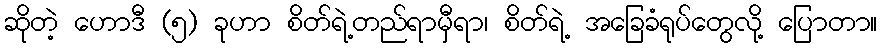
ဆိုတဲ့ ဟောဒီ (၅) ခုဟာ စိတ်ရဲ့တည်ရာမှီရာ၊ စိတ်ရဲ့ အခြေခံရုပ်တွေလို့ ပြောတာ။